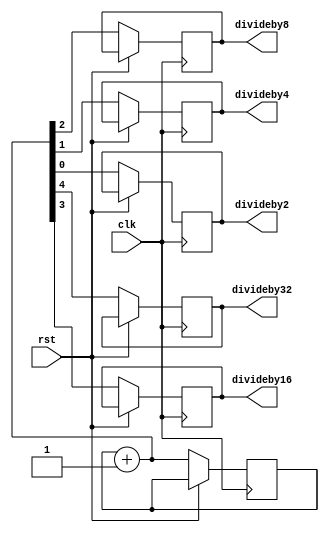
`timescale 1ns / 1ps
//////////////////////////////////////////////////////////////////////////////////
// Company: 
// Engineer: 
// 
// Design Name: 
// Module Name: clock_divider
// Project Name: 
// Target Devices: 
// Tool Versions: 
// Description: 
// 
// Dependencies: 
// 
// Revision:
// Revision 0.01 - File Created
// Additional Comments:
// 
//////////////////////////////////////////////////////////////////////////////////


module clock_divider(
    input clk,rst,
    output reg divideby2,divideby4,divideby8,divideby16,divideby32
    );

    reg [4:0]d;

    initial d=0;
    
    always@(posedge clk)
    begin
        if(rst==0)
        begin
            d=d+5'b00001;
            divideby2=d[0];
            divideby4=d[1];
            divideby8=d[2]; 
            divideby16=d[3];
            divideby32=d[4];
        end
    end
endmodule